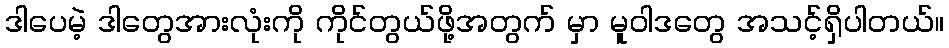
ဒါပေမဲ့ ဒါတွေအားလုံးကို ကိုင်တွယ်ဖို့အတွက် မှာ မူဝါဒတွေ အသင့်ရှိပါတယ်။